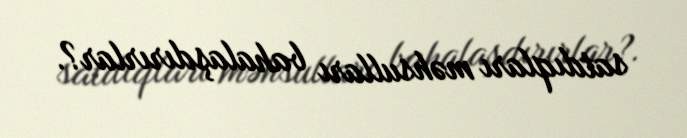
satdıqları məhsulları bahalaşdırırlar?.